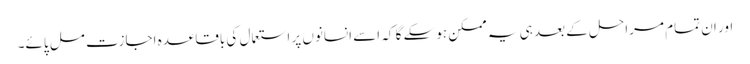
اور ان تمام مراحل کے بعد ہی یہ ممکن ہوسکے گا کہ اسے انسانوں پر استعمال کی باقاعدہ اجازت مل پائے۔